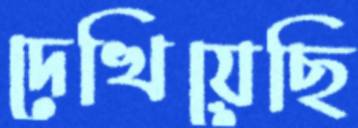
দেখিয়েছি